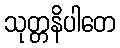
သုတ္တနိပါတေ